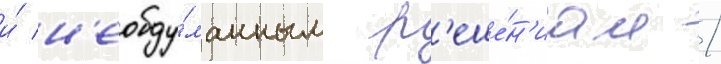
и́ н'еобду́манным р'еше́н'иам /